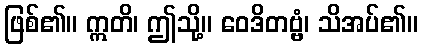
ဖြစ်၏။ ဣတိ၊ ဤသို့။ ဝေဒိတဗ္ဗံ၊ သိအပ်၏။